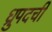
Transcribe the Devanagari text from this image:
ध्रुपदची